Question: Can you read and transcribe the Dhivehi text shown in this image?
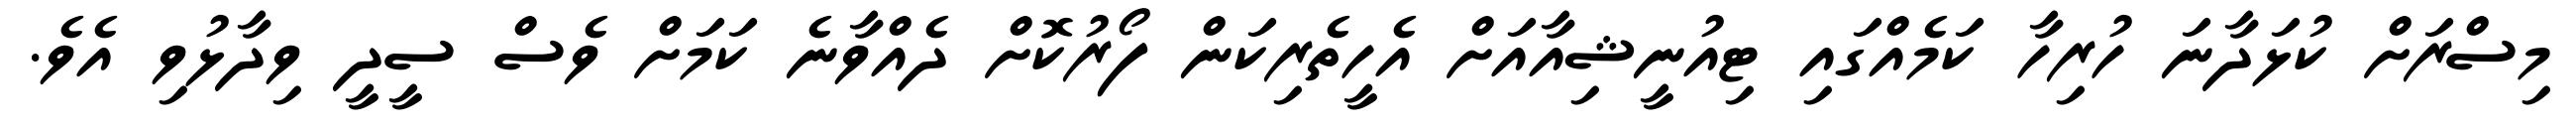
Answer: މިސްރަށް ކުޅަދާނަ ހުރިހާ ކަމެއްގައި ޓިއުނީޝިއާއަށް އެހީތެރިކަން ފޯރުކޮށް ދެއްވާނެ ކަމަށް ވެސް ސީދީ ވިދާޅުވި އެވެ.